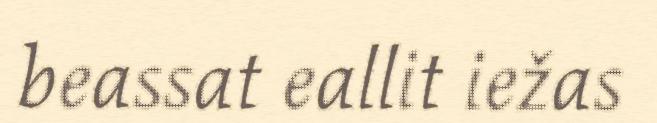
beassat eallit iežas